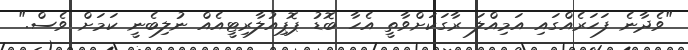
"ވެދާނެ ފަހަރެއްގައި އަމިއްލަ ރާގަކަށްވާތީ އެހާ ބޮޑު ޕޮޕިއުލާރިޓީއެއް ނުލިބެނީ ކަމަށް ވެސް."